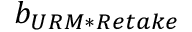
b _ { U R M * R e t a k e }